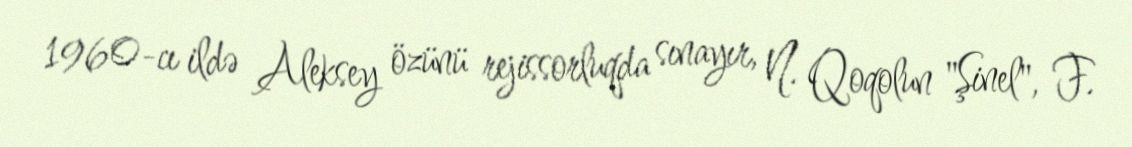
1960-cı ildə Aleksey özünü rejissorluqda sınayır, N. Qoqolun "Şinel", F.